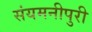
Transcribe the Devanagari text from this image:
संयमनीपुरी